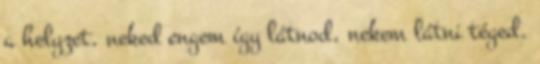
a helyzet, neked engem így látnod, nekem látni téged.